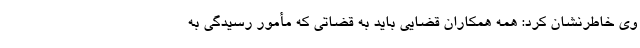
وی خاطرنشان کرد: همه همکاران قضایی باید به قضاتی که مأمور رسیدگی به